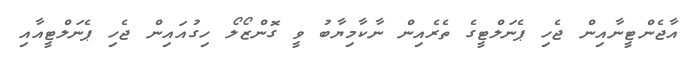
އާޖެންޓީނާއިން ޖެހި ޕެނަލްޓީގެ ތެރެއިން ނާކާމިޔާބު ވީ ގޮންޒޯލޯ ހިގުއައިން ޖެހި ޕެނަލްޓީއާއި